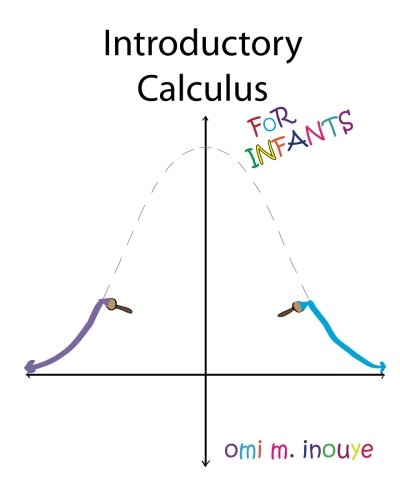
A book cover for Introductory Calculus For Infants; Omi M. Inouye; Comics & Graphic Novels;